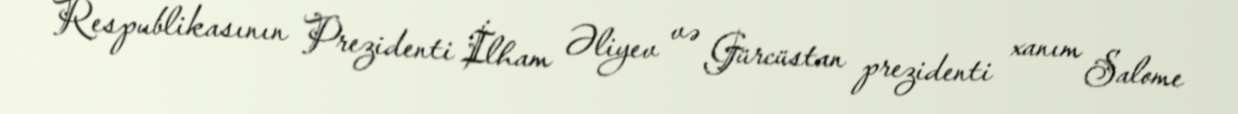
Respublikasının Prezidenti İlham Əliyev və Gürcüstan prezidenti xanım Salome